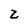
Character: Z